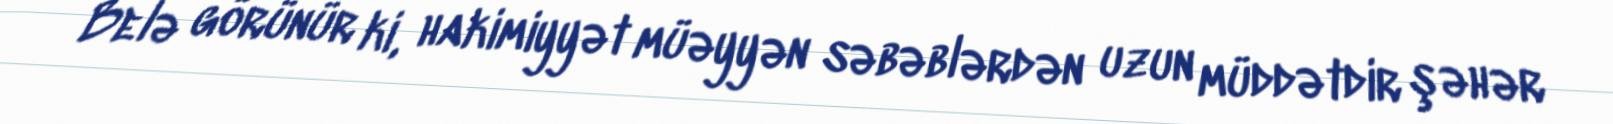
Belə görünür ki, hakimiyyət müəyyən səbəblərdən uzun müddətdir şəhər